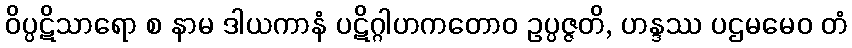
ဝိပ္ပဋိသာရော စ နာမ ဒါယကာနံ ပဋိဂ္ဂါဟကတောဝ ဥပ္ပဇ္ဇတိ, ဟန္ဒဿ ပဌမမေဝ တံ